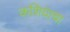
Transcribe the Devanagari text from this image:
कशियाचा